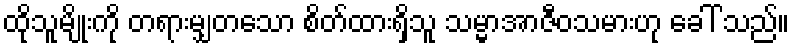
ထိုသူမျိုးကို တရားမျှတသော စိတ်ထားရှိသူ သမ္မာအာဇီဝသမားဟု ခေါ် သည်။